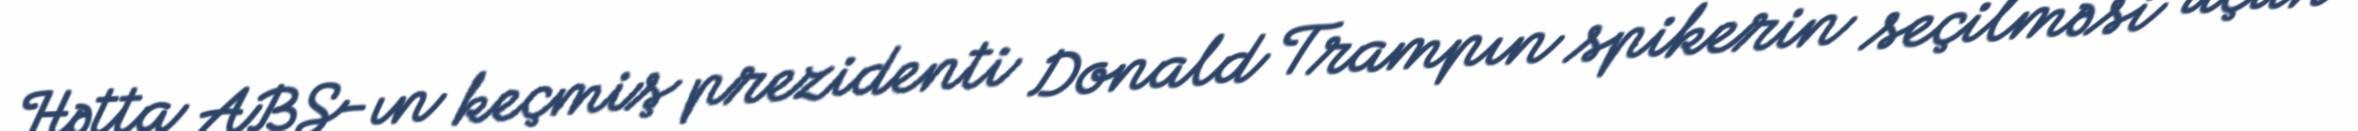
Hətta ABŞ-ın keçmiş prezidenti Donald Trampın spikerin seçilməsi üçün